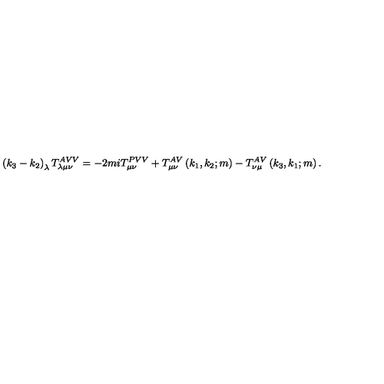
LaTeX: \left( k _ { 3 } - k _ { 2 } \right) _ { \lambda } T _ { \lambda \mu \nu } ^ { A V V } = - 2 m i T _ { \mu \nu } ^ { P V V } + T _ { \mu \nu } ^ { A V } \left( k _ { 1 } , k _ { 2 } ; m \right) - T _ { \nu \mu } ^ { A V } \left( k _ { 3 } , k _ { 1 } ; m \right) .